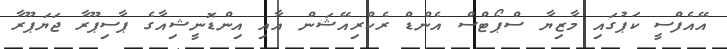
އޭއެފްސީ ކަޕުގައި މާޒިޔާ ސްޕޯޓްސް އެންޑް ރެކްރިއޭޝަން އާއި އިންޑޮނީޝިއާގެ ޕާސިޕޫރާ ޖަޔަޕޫރާ